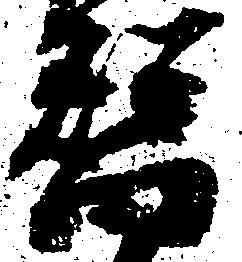
替